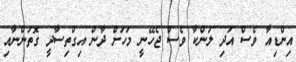
އިންޑިއާ ވެސް އަދި ލަންކާ ވެސް ޖެހޭނީ މަހަށް ދާން އިގްތިސާދީ ގޮތުންނާއި